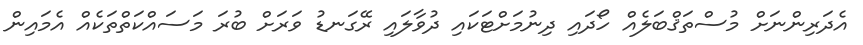
އެދަރިންނަށް މުސްތަޤްބަލެއް ހޯދައި ދިނުމަށްޓަކައި ދުވާލައި ރޭގަނޑު ވަރަށް ބުރަ މަސައްކަތްތަކެއް އެމައިން